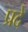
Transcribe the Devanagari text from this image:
प्रदे